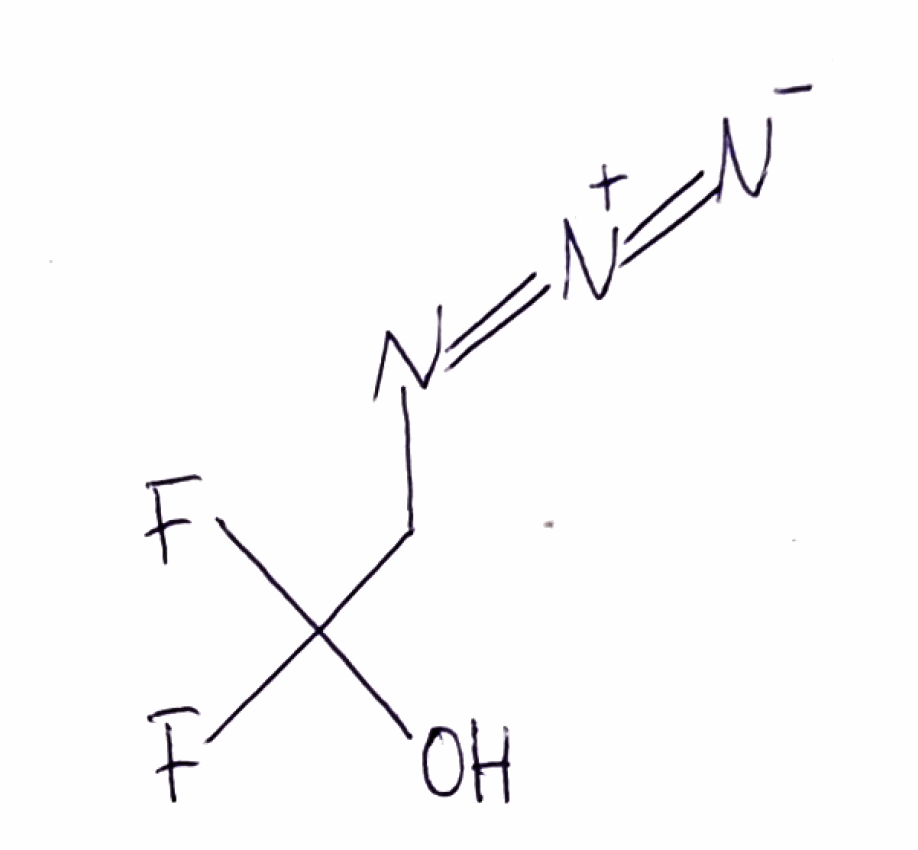
Simplified molecular-input line-entry system (SMILES) notation of the given molecule:
C(C(O)(F)F)N=[N+]=[N-]